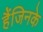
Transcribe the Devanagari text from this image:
हैंजिनके